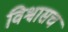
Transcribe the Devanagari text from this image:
विश्वासच